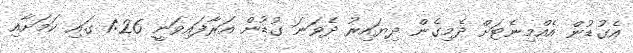
އެގުޑުން އެއްމިނެޓަށް ދެމިގެން ދިޔައިރު ދެވަނަ ގުޑުން އަރާފައިވަނީ 1:26 ގައި ކަމަށާއި